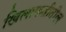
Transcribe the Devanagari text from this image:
खिलाफतीतील